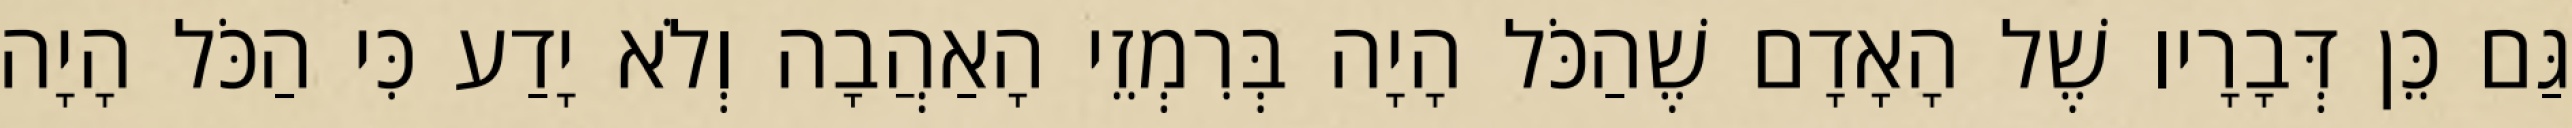
גַּם כֵּן דְּבָרָיו שֶׁל הָאָדָם שֶׁהַכֹּל הָיָה בְּרִמְזֵי הָאַהֲבָה וְלֹא יָדַע כִּי הַכֹּל הָיָה